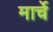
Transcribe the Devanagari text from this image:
मार्चे